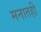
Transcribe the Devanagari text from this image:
मनातही